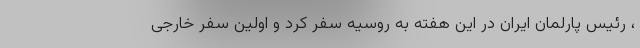
، رئیس پارلمان ایران در این هفته به روسیه سفر كرد و اولین سفر خارجی